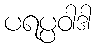
ပရပ္ပဝါဒါ